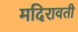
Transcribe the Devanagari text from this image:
मदिरावती